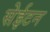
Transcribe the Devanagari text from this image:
सेईटन